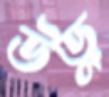
ঊড়ু